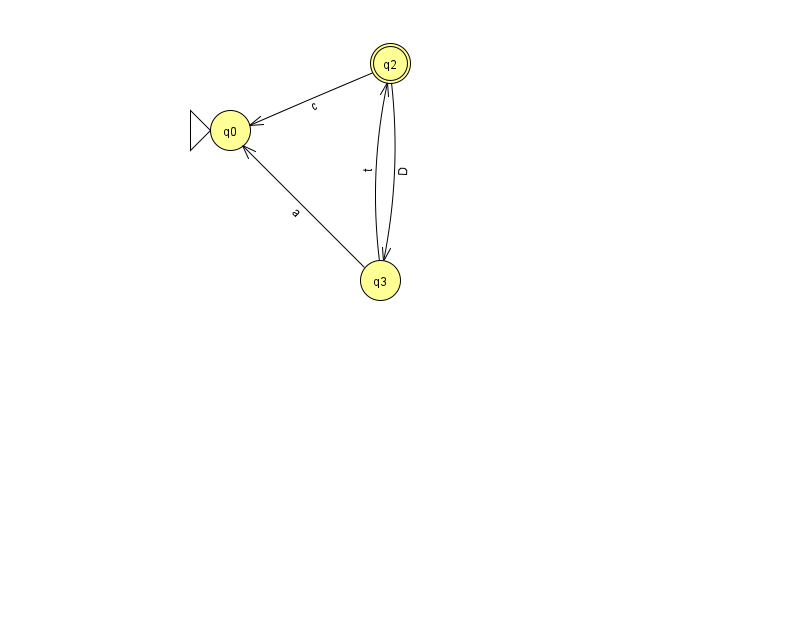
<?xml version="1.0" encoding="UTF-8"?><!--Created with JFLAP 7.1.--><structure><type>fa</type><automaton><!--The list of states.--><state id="0" name="q0"><x>230.0</x><y>117.0</y><initial/></state><state id="2" name="q2"><x>390.0</x><y>50.0</y><final/></state><state id="3" name="q3"><x>380.0</x><y>267.0</y></state><!--The list of transitions.--><transition><from>2</from><to>3</to><read>D</read></transition><transition><from>3</from><to>2</to><read>t</read></transition><transition><from>2</from><to>0</to><read>c</read></transition><transition><from>3</from><to>0</to><read>a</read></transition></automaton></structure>